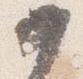
如